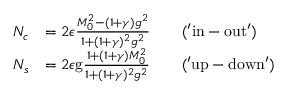
\begin{array} { r l } { N _ { c } } & { = 2 \epsilon \frac { M _ { 0 } ^ { 2 } - ( 1 + \gamma ) g ^ { 2 } } { 1 + ( 1 + \gamma ) ^ { 2 } g ^ { 2 } } \qquad \mathrm { ( ' i n - o u t ' ) } } \\ { N _ { s } } & { = 2 \epsilon \mathrm { g } \frac { 1 + ( 1 + \gamma ) M _ { 0 } ^ { 2 } } { 1 + ( 1 + \gamma ) ^ { 2 } g ^ { 2 } } \qquad \mathrm { ( ' u p - d o w n ' ) } } \end{array}